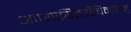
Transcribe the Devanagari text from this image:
आप्यायिताश्चिमतान्